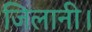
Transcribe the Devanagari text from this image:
जिलानी।